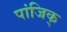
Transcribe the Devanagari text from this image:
पांजिक्